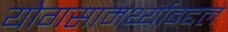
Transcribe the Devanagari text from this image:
योगसामर्थ्याबद्दल